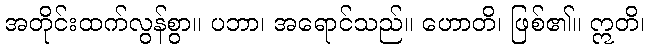
အတိုင်းထက်လွန်စွာ။ ပဘာ၊ အရောင်သည်။ ဟောတိ၊ ဖြစ်၏။ ဣတိ၊